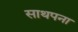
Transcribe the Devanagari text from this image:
साथपना